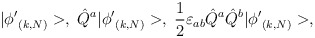
\begin{align*}|{\phi'}_{(k,N)}>,\;\hat{Q}^a|{\phi'}_{(k,N)}>,\; \frac{1}{2}\varepsilon_{ab}\hat{Q}^a\hat{Q}^b|{\phi'}_{(k,N)}>,\end{align*}